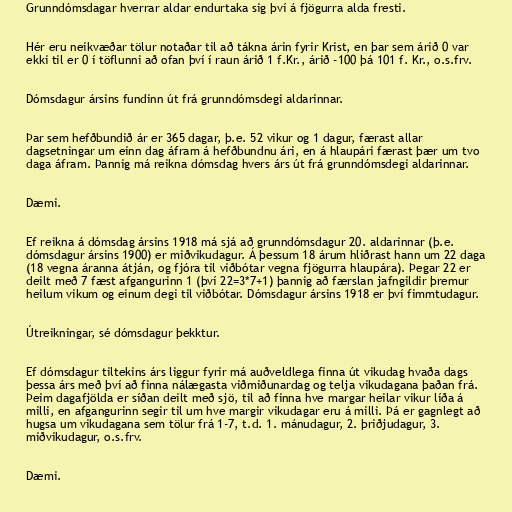
Grunndómsdagar hverrar aldar endurtaka sig því á fjögurra alda fresti.

Hér eru neikvæðar tölur notaðar til að tákna árin fyrir Krist, en þar sem árið 0 var
ekki til er 0 í töflunni að ofan því í raun árið 1 f.Kr., árið -100 þá 101 f. Kr., o.s.frv.

Dómsdagur ársins fundinn út frá grunndómsdegi aldarinnar.

Þar sem hefðbundið ár er 365 dagar, þ.e. 52 vikur og 1 dagur, færast allar
dagsetningar um einn dag áfram á hefðbundnu ári, en á hlaupári færast þær um tvo
daga áfram. Þannig má reikna dómsdag hvers árs út frá grunndómsdegi aldarinnar.

Dæmi.

Ef reikna á dómsdag ársins 1918 má sjá að grunndómsdagur 20. aldarinnar (þ.e.
dómsdagur ársins 1900) er miðvikudagur. Á þessum 18 árum hliðrast hann um 22 daga
(18 vegna áranna átján, og fjóra til viðbótar vegna fjögurra hlaupára). Þegar 22 er
deilt með 7 fæst afgangurinn 1 (því 22=3*7+1) þannig að færslan jafngildir þremur
heilum vikum og einum degi til viðbótar. Dómsdagur ársins 1918 er því fimmtudagur.

Útreikningar, sé dómsdagur þekktur.

Ef dómsdagur tiltekins árs liggur fyrir má auðveldlega finna út vikudag hvaða dags
þessa árs með því að finna nálægasta viðmiðunardag og telja vikudagana þaðan frá.
Þeim dagafjölda er síðan deilt með sjö, til að finna hve margar heilar vikur líða á
milli, en afgangurinn segir til um hve margir vikudagar eru á milli. Þá er gagnlegt að
hugsa um vikudagana sem tölur frá 1-7, t.d. 1. mánudagur, 2. þriðjudagur, 3.
miðvikudagur, o.s.frv.

Dæmi.